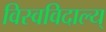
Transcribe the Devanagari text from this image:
विस्वविदाल्य्